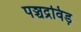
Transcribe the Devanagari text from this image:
पञ्चद्रविड़